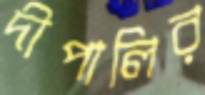
দীপালির